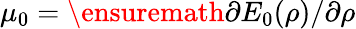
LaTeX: \mu_{0}=\ensuremath{\partial E_{0}(\rho)/\partial\rho}